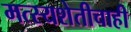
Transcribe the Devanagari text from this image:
मत्स्यशेतीचाही